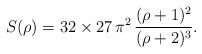
\begin{align*}S(\rho)=32 \times 27\,\pi^2\,\frac{(\rho+1)^2}{(\rho+2)^3}.\end{align*}